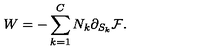
W = - \sum _ { k = 1 } ^ { C } N _ { k } \partial _ { S _ { k } } { \cal F } .